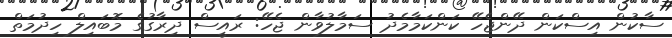
ސާކުން އިސްކަން ދޭންޖެހޭ ކަންކަމާމެދު ސަމާލުވާން ޖެހޭ: ރައީސް ދިރާގުގެ މޮބައިލް ހިދުމަތް